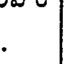
.